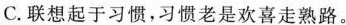
C.联想起于习惯，习惯老是欢喜走熟路。